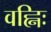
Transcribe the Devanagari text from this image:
वह्निः